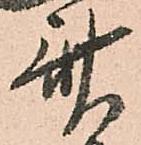
斎